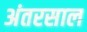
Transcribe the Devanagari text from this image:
अंतरसाल